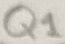
Text: Q1